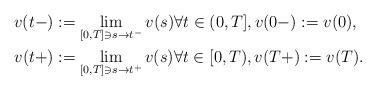
LaTeX: \begin{align*}v(t-) &:= \lim_{[0, T] \ni s \to t^-} v(s)\forall t \in (0, T],v(0-) := v(0),\\v(t+) &:= \lim_{[0, T] \ni s \to t^+} v(s)\forall t \in [0, T),v(T+) := v(T).\end{align*}